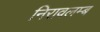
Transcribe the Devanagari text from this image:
निरावलम्ब